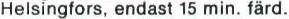
Helsingfors, endast 15 min. färd.